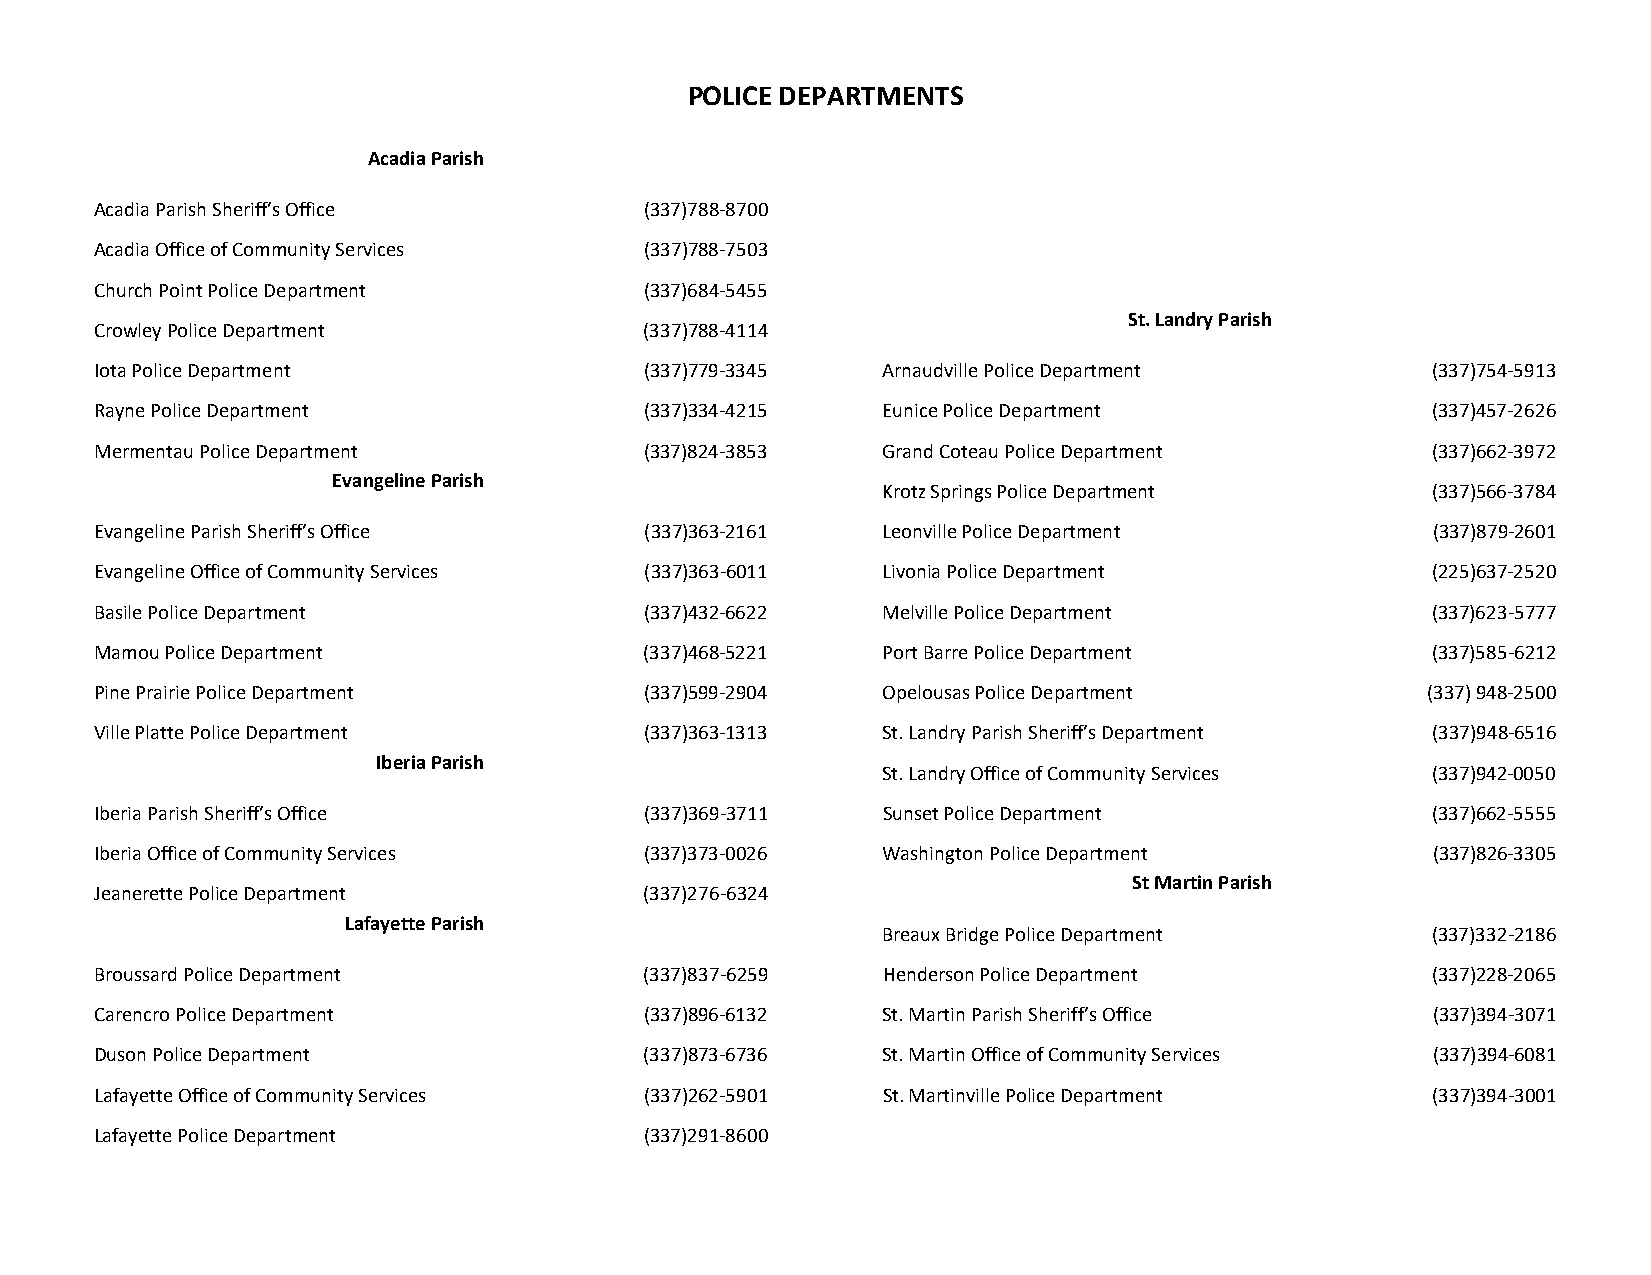
POLICE DEPARTMENTS
 Acadia Parish
 Acadia Parish Sheriff’s Office       (337)788-8700
 Acadia Office of Community Services  (337)788-7503
 Church Point Police Department       (337)684-5455
 St. Landry Parish
 Crowley Police Department            (337)788-4114
 Iota Police Department               (337)779-3345  Arnaudville Police Department        (337)754-5913
 Rayne Police Department              (337)334-4215  Eunice Police Department             (337)457-2626
 Mermentau Police Department          (337)824-3853  Grand Coteau Police Department       (337)662-3972
 Evangeline Parish
 Krotz Springs Police Department      (337)566-3784
 Evangeline Parish Sheriff’s Office   (337)363-2161  Leonville Police Department          (337)879-2601
 Evangeline Office of Community Services (337)363-6011 Livonia Police Department          (225)637-2520
 Basile Police Department             (337)432-6622  Melville Police Department           (337)623-5777
 Mamou Police Department              (337)468-5221  Port Barre Police Department         (337)585-6212
 Pine Prairie Police Department       (337)599-2904  Opelousas Police Department         (337) 948-2500
 Ville Platte Police Department       (337)363-1313  St. Landry Parish Sheriff’s Department (337)948-6516
 Iberia Parish
 St. Landry Office of Community Services (337)942-0050
 Iberia Parish Sheriff’s Office       (337)369-3711  Sunset Police Department             (337)662-5555
 Iberia Office of Community Services  (337)373-0026  Washington Police Department         (337)826-3305
 St Martin Parish
 Jeanerette Police Department         (337)276-6324
 Lafayette Parish
 Breaux Bridge Police Department      (337)332-2186
 Broussard Police Department          (337)837-6259  Henderson Police Department          (337)228-2065
 Carencro Police Department           (337)896-6132  St. Martin Parish Sheriff’s Office   (337)394-3071
 Duson Police Department              (337)873-6736  St. Martin Office of Community Services (337)394-6081
 Lafayette Office of Community Services (337)262-5901 St. Martinville Police Department   (337)394-3001
 Lafayette Police Department          (337)291-8600